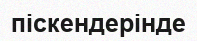
піскендерінде